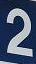
2